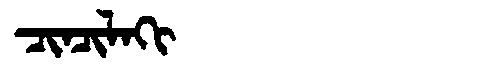
Manchu: ᠴᡳᠨᠴᡳᠯᠠᡴᡳ
Romanization: CINCILAKI